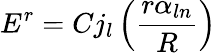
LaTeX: E^{r}=Cj_{l}\left(\frac{r\alpha_{ln}}{R}\right)